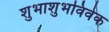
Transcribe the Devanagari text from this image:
शुभाशुभविवेक